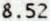
8.52